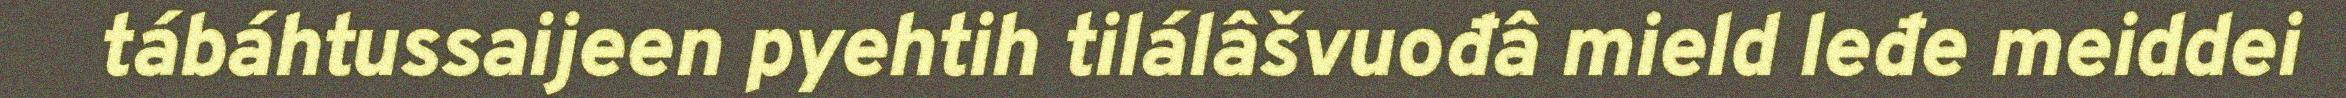
tábáhtussaijeen pyehtih tilálâšvuođâ mield leđe meiddei